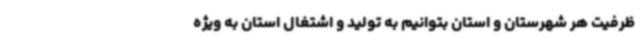
ظرفیت هر شهرستان و استان بتوانیم به تولید و اشتغال استان به ویژه